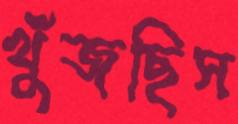
খুঁজছিস